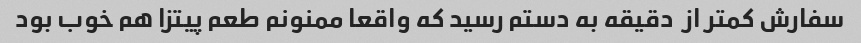
سفارش کمتر از  دقیقه به دستم رسید که واقعا ممنونم طعم پیتزا هم خوب بود